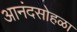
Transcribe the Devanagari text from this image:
आनंदसोहळा